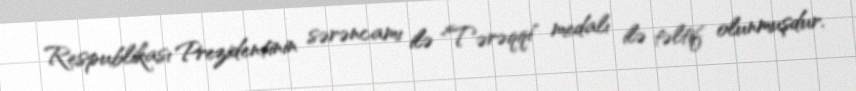
Respublikası Prezidentinin sərəncamı ilə "Tərəqqi" medalı ilə təltif olunmuşdur.